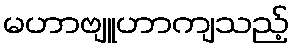
မဟာဗျူဟာကျသည့်